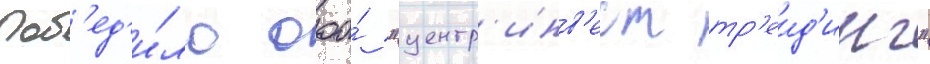
поб'ед'и́ло ооо́ "центр'инв'ест тр'еид'инг"